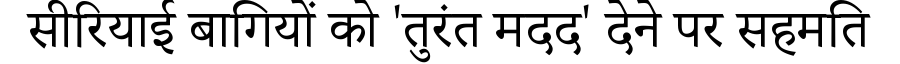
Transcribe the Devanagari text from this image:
सीरियाई बागियों को 'तुरंत मदद' देने पर सहमति